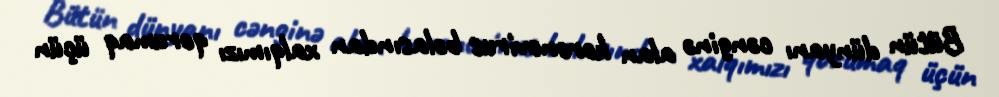
Bütün dünyanı cənginə alan koronovirus bəlasından xalqımızı qorumaq üçün